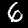
Digit: 6